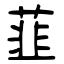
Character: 韮